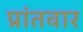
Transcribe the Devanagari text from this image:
प्रांतवार